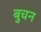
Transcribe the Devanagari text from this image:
बुचन